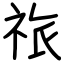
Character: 祣